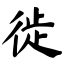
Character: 徙